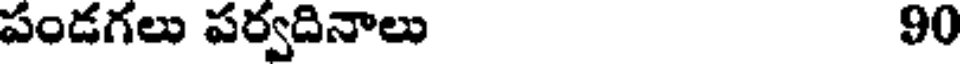
పండగలు పర్వదినాలు 90